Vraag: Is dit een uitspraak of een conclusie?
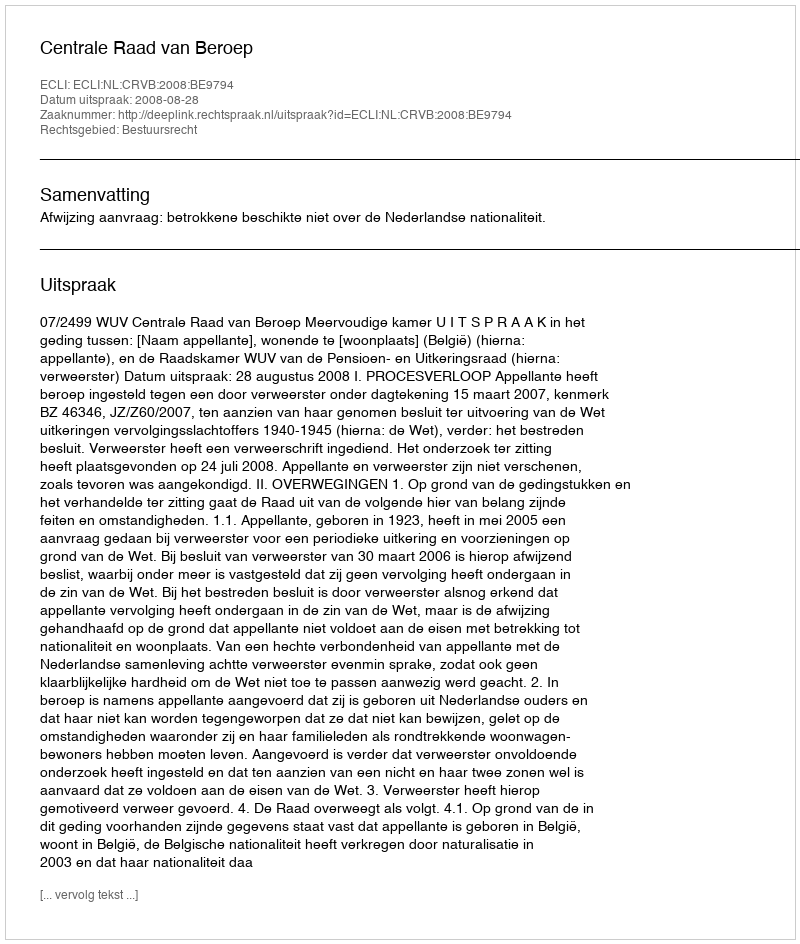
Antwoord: Uitspraak